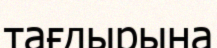
тағдырына